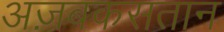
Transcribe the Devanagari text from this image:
अज़बकसतान